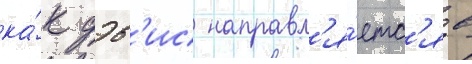
ка́к дэв'ис направл'я́етс'я в